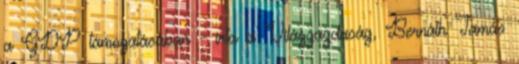
a GDP támogatásában - írta a Világgazdaság, Bernáth Tamás